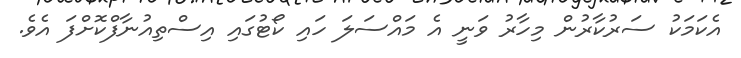
އެކަމަކު ސަރުކާރުން މިހާރު ވަނީ އެ މައްސަލަ ހައި ކޯޓުގައި އިސްތިއުނާފްކޮށްފަ އެވެ.